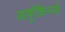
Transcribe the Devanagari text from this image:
अफ़्रीकैनर्स